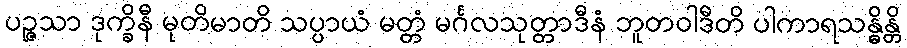
ပဉ္ဇသာ ဒုက္ခိနီ မုတိမာတိ သပ္ပာယံ မတ္တံ မင်္ဂလသုတ္တာဒီနံ ဘူတဝါဒီတိ ပါကာရသန္ဓိန္တိ